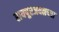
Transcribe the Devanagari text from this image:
रायपूरजवळच्या